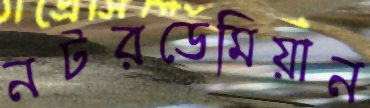
নটরডেমিয়ান